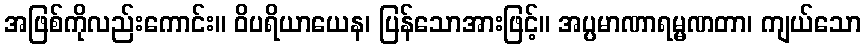
အဖြစ်ကိုလည်းကောင်း။ ဝိပရိယာယေန၊ ပြန်သောအားဖြင့်။ အပ္ပမာဏာရမ္မဏတာ၊ ကျယ်သော